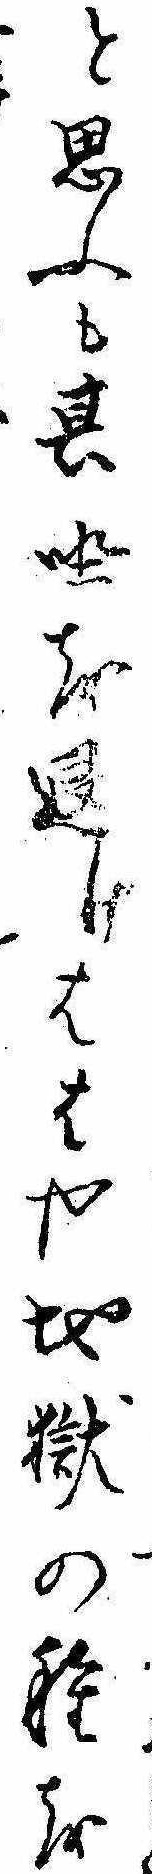
と思ふも其坐を退けははや地岳の種を